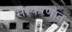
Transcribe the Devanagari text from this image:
संस्करणात